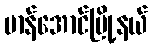
မာန်အောင်မြို့နယ်